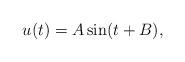
LaTeX: \begin{align*}u(t) = A\sin(t + B), \end{align*}